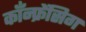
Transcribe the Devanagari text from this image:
कॉंन्फ्रेंसिग